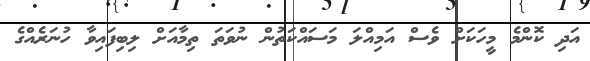
އަދި ކޮންމެ މީހަކަށް ވެސް އަމިއްލަ މަސައްކަތުން ނުވަތަ ތިމާއަށް ލިބިފައިވާ ހުނަރެއްގެ